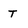
Character: T